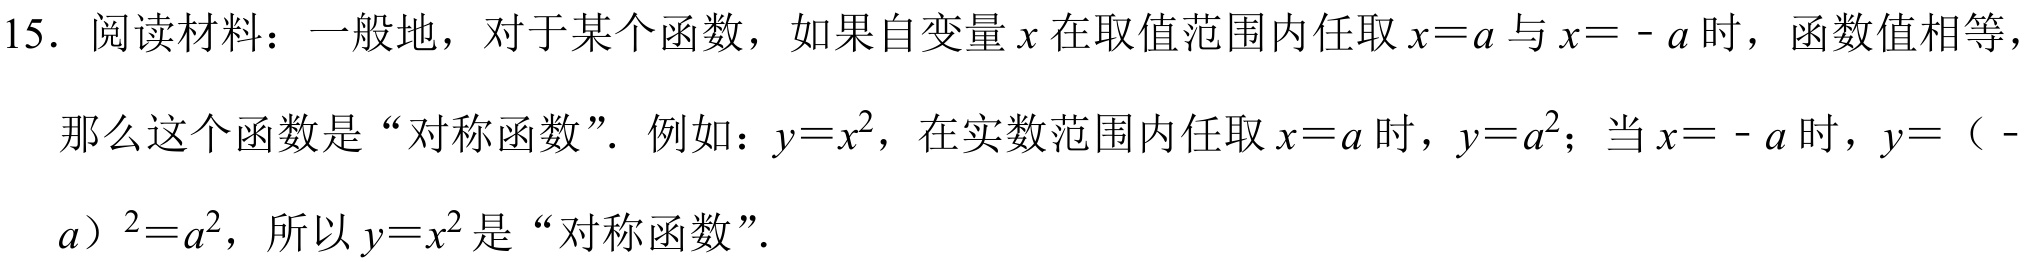
15. 阅读材料：一般地，对于某个函数，如果自变量\(x\)在取值范围内任取\(x = a\)与\(x=-a\)时，函数值相等，
那么这个函数是“对称函数”. 例如：\(y = x^{2}\)，在实数范围内任取\(x = a\)时，\(y = a^{2}\)；当\(x=-a\)时，\(y=(-a)^{2}=a^{2}\)，所以\(y = x^{2}\)是“对称函数”.